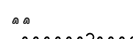
٨٢